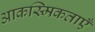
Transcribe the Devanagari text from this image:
आकस्मिकताएँ